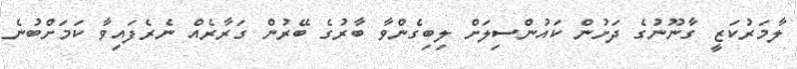
ލާމަރުކަޒީ ގާނޫނުގެ ދަށުން ކައުންސިލަށް ލިބިގެންވާ ބާރުގެ ބޭރުން ގަރާރެއް ނެރެފައިވާ ކަމަށްބުނެ